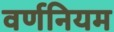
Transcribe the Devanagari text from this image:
वर्णनियम